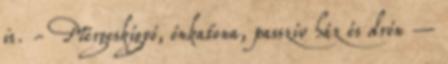
is. - Mérgeskígyó, ónkatona, passzív ház és drón –